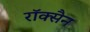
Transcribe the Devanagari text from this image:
रॉक्सैन